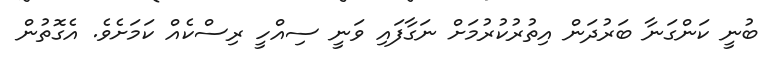
ބުނީ ކަންގަނާ ބަރުދަން އިތުރުކުރުމަށް ނަގާފައި ވަނީ ސިއްހީ ރިސްކެއް ކަމަށެވެ. އެގޮތުން